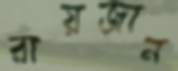
রায়জান